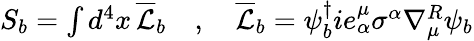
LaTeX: \begin{array}{r}{S_{b}=\int d^{4}x\, \overline{{\mathcal{L}}}_{b}\quad,\quad\overline{{\mathcal{L}}}_{b}=\psi_{b}^{\dagger}ie_{\alpha}^{\mu}\sigma^{\alpha}\nabla_{\mu}^{R}\psi_{b}}\end{array}